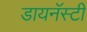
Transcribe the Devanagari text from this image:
डायनॅस्टी